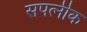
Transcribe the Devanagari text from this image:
सपत्‍नीक